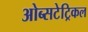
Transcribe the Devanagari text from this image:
ओब्सटेट्रिकल